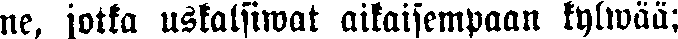
ne, jotka uskalsiwat aikaisempaan kylwää;